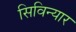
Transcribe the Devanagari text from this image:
सिविन्यार